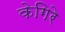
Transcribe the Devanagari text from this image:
केगिरे